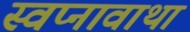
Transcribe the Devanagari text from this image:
स्वप्नावाथा